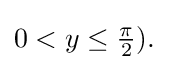
{\textstyle 0<y\leq {\frac {\pi }{2}}).}